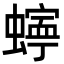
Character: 𮔾